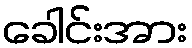
ခေါင်းအား